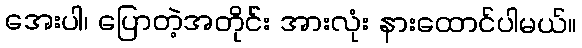
အေးပါ၊ ပြောတဲ့အတိုင်း အားလုံး နားထောင်ပါမယ်။